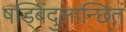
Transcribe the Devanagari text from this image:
षड्बिंदुलान्छितं